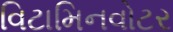
વિટામિનવોટર